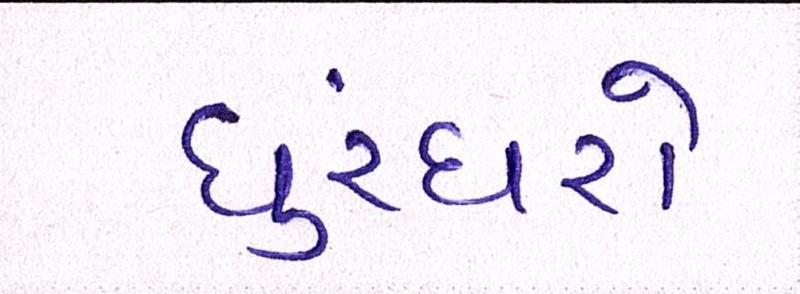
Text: ધુરંધરો